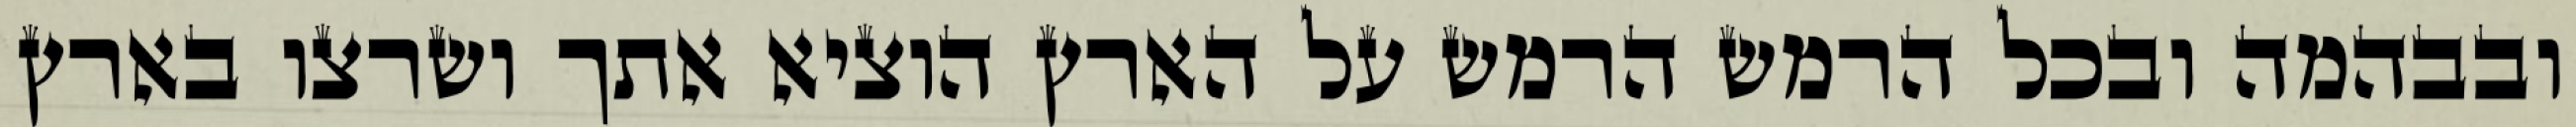
ובבהמה ובכל הרמש הרמש על הארץ הוציא אתך ושרצו בארץ